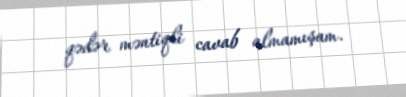
qədər məntiqli cavab almamışam.